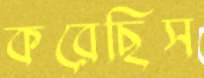
করেছিস